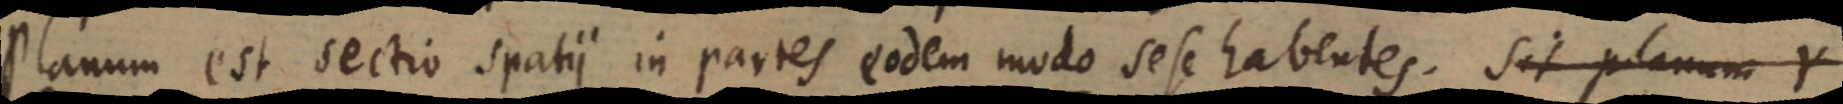
Planum est sectio spatii in partes eodem modo sese habentes. Sit planum Y